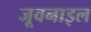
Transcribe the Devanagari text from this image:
जूवनाइल